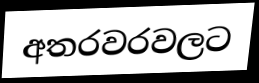
අතරවරවලට